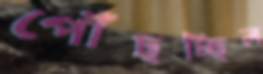
পৌঁছচ্ছিল